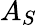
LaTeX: A_{S}